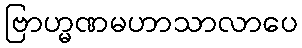
ဗြာဟ္မဏမဟာသာလာပေ